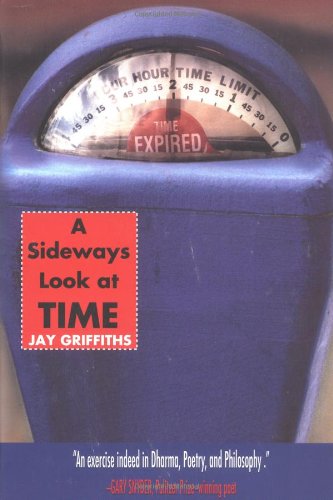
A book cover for A Sideways Look at Time; Jay Griffiths; Science & Math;